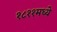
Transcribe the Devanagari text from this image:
१८११मध्ये